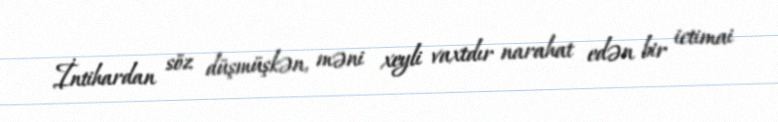
İntihardan söz düşmüşkən, məni xeyli vaxtdır narahat edən bir ictimai